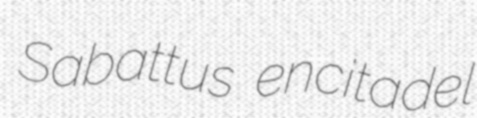
Sabattus encitadel